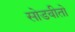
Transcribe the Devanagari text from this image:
सोडवीतो